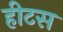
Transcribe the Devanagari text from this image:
हीटस